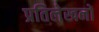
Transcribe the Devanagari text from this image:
प्रतिलेखनों